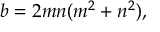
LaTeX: b = 2 m n ( m ^ { 2 } + n ^ { 2 } ) ,